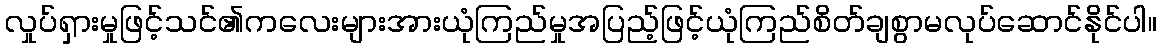
လှုပ်ရှားမှုဖြင့်သင်၏ကလေးများအားယုံကြည်မှုအပြည့်ဖြင့်ယုံကြည်စိတ်ချစွာမလုပ်ဆောင်နိုင်ပါ။